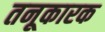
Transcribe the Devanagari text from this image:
तनूकारक